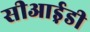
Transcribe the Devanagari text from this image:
सीआई़डी